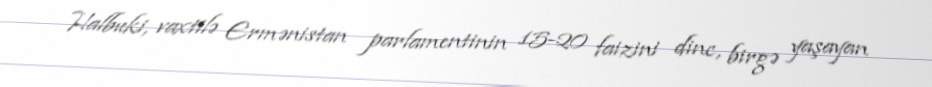
Halbuki, vaxtilə Ermənistan parlamentinin 15-20 faizini dinc, birgə yaşayan